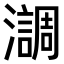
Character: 𤂂